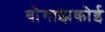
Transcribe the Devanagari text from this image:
बोगाझकोई